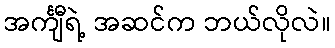
အင်္ကျီရဲ့ အဆင်က ဘယ်လိုလဲ။